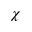
\chi